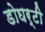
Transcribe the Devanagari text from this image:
डोघर्टी